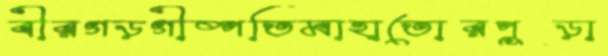
বীরগড়গীষ্পতিমাহাতোরপুড়া